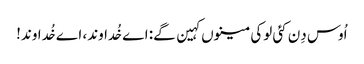
اُوس دِن کئی لوکی مینوں کہین گے: اے خُداوند، اے خُداوند!